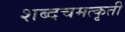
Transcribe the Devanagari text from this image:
शब्दचमत्कृती